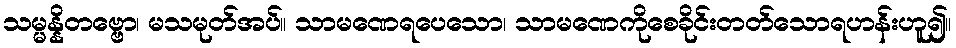
သမ္မန္နိတဗ္ဗော၊ မသမုတ်အပ်။ သာမဏေရပေသော၊ သာမဏေကိုစေခိုင်းတတ်သောရဟန်းဟူ၍။